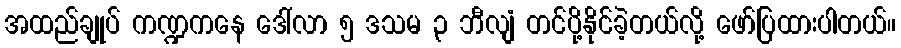
အထည်ချုပ် ကဏ္ဍကနေ ဒေါ်လာ ၅ ဒသမ ၃ ဘီလျံ တင်ပို့နိုင်ခဲ့တယ်လို့ ဖော်ပြထားပါတယ်။